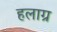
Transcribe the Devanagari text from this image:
हलाग्र